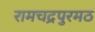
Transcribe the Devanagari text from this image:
रामचद्रपुरमठ